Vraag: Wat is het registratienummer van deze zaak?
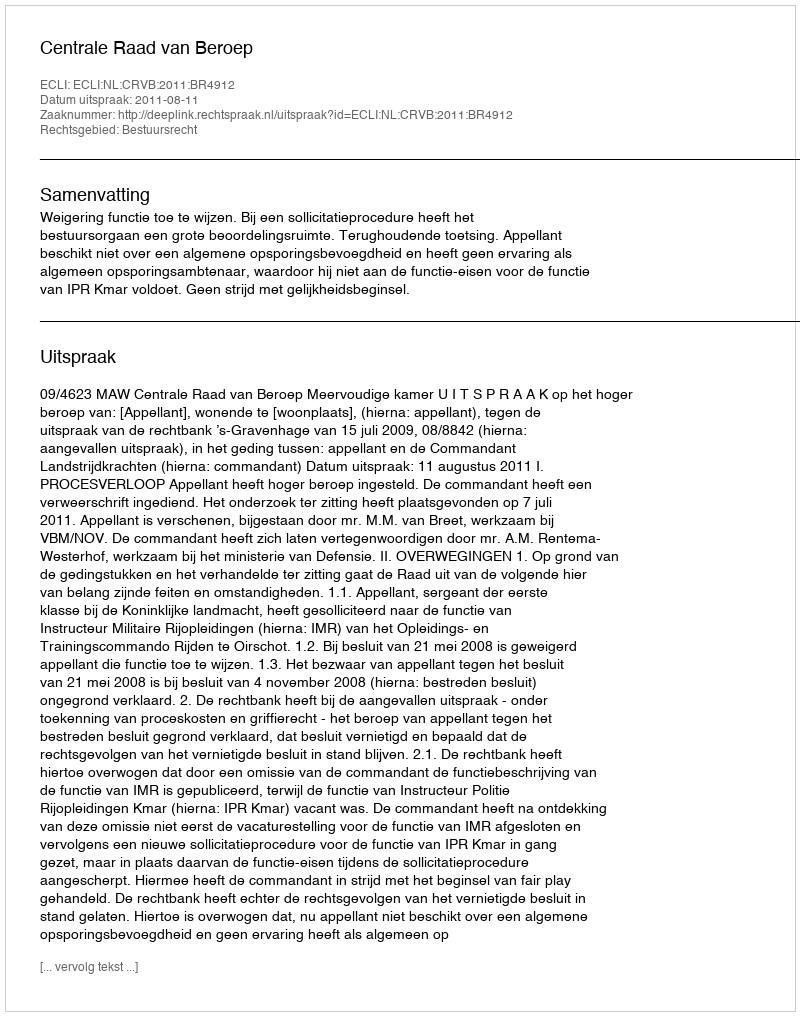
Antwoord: http://deeplink.rechtspraak.nl/uitspraak?id=ECLI:NL:CRVB:2011:BR4912